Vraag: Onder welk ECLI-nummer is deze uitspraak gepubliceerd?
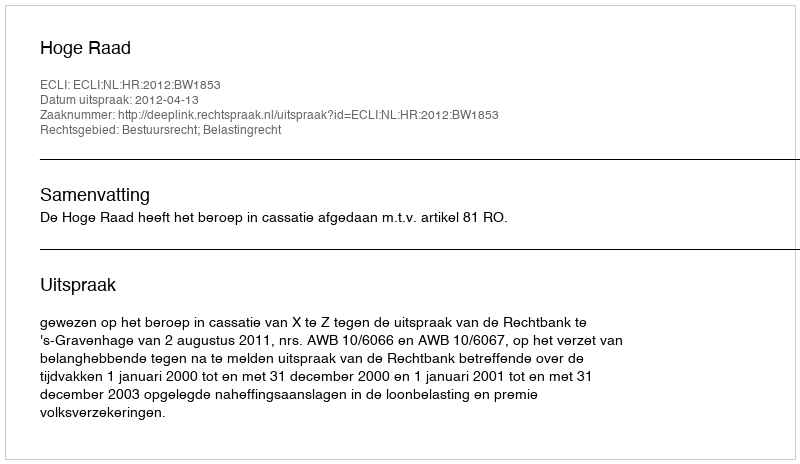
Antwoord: ECLI:NL:HR:2012:BW1853